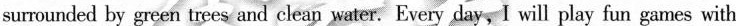
surrounded by green trees and clean water. Every day,I will play fun games with